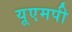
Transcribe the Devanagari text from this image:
यूएमपी